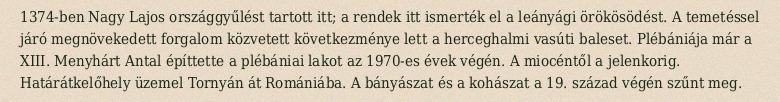
1374-ben Nagy Lajos országgyűlést tartott itt; a rendek itt ismerték el a leányági örökösödést. A temetéssel járó megnövekedett forgalom közvetett következménye lett a herceghalmi vasúti baleset. Plébániája már a XIII. Menyhárt Antal építtette a plébániai lakot az 1970-es évek végén. A miocéntől a jelenkorig. Határátkelőhely üzemel Tornyán át Romániába. A bányászat és a kohászat a 19. század végén szűnt meg.